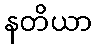
နတိယာ